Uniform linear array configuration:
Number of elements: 8
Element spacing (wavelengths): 0.5
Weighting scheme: binomial
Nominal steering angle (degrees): -45
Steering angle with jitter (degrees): -44.124
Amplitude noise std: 0.05
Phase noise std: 0.05

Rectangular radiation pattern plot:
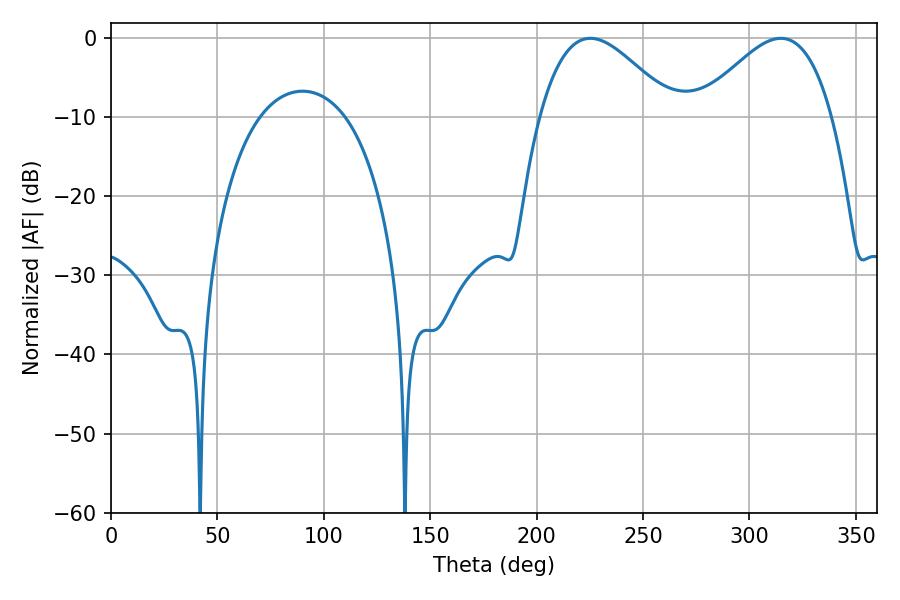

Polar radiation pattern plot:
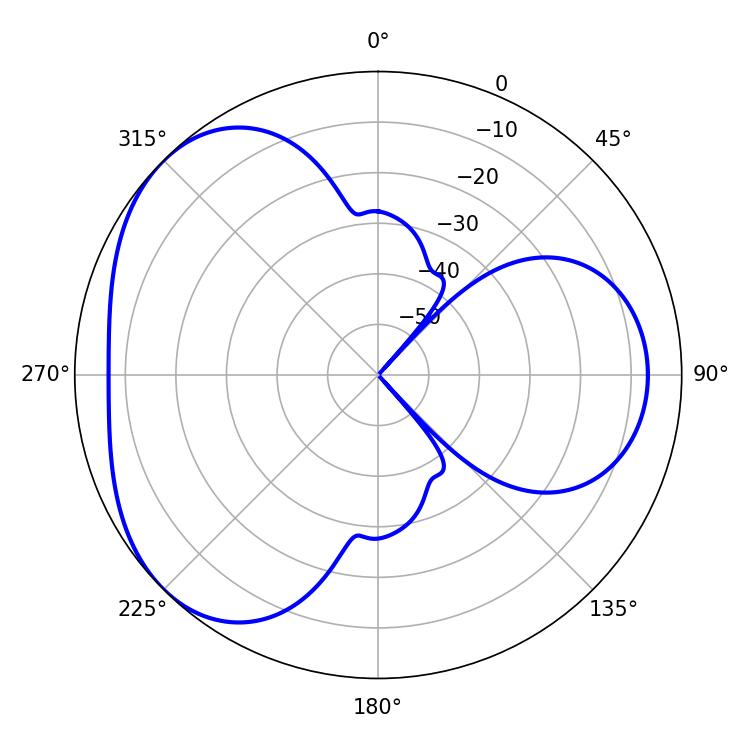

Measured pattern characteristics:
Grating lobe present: FALSE
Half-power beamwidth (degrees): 33.84
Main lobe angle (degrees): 225.18